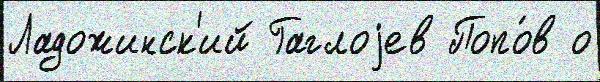
Ладожинск'ий Гаглоjев Попо́в о